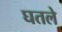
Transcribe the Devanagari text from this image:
घतले